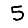
Digit: 5